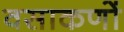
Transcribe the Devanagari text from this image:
वसाकणों